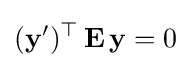
(\mathbf {y} ')^{\top }\,\mathbf {E} \,\mathbf {y} =0